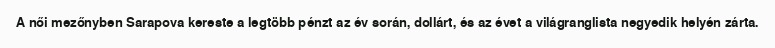
A női mezőnyben Sarapova kereste a legtöbb pénzt az év során, dollárt, és az évet a világranglista negyedik helyén zárta.